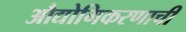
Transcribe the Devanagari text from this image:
औद्योगिकरणाची